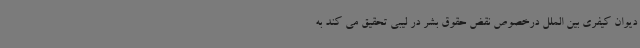
دیوان کیفری بین الملل درخصوص نقض حقوق بشر در لیبی تحقیق می کند به